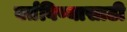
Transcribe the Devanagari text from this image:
वर्तविण्यासाठी